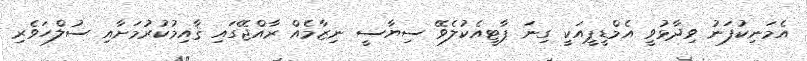
އެމަނިކުފަނު ވިދާޅުވީ އެމްޑީޕީއަކީ ގިނަ ޕާޓީއެކުލެވޭ ސިޔާސީ ނިޒާމެއް ރާއްޖޭގައި ޤާއިމުކުރުމަށާއި ސުލްހަވެރި